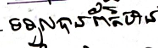
ទទួលបានព័ត៌មាន